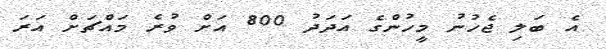
އެ ބަލި ޖެހުނު މީހުންގެ އަދަދު 800 އަށް ވުރެ މައްޗަށް އަރަ